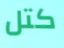
كتل